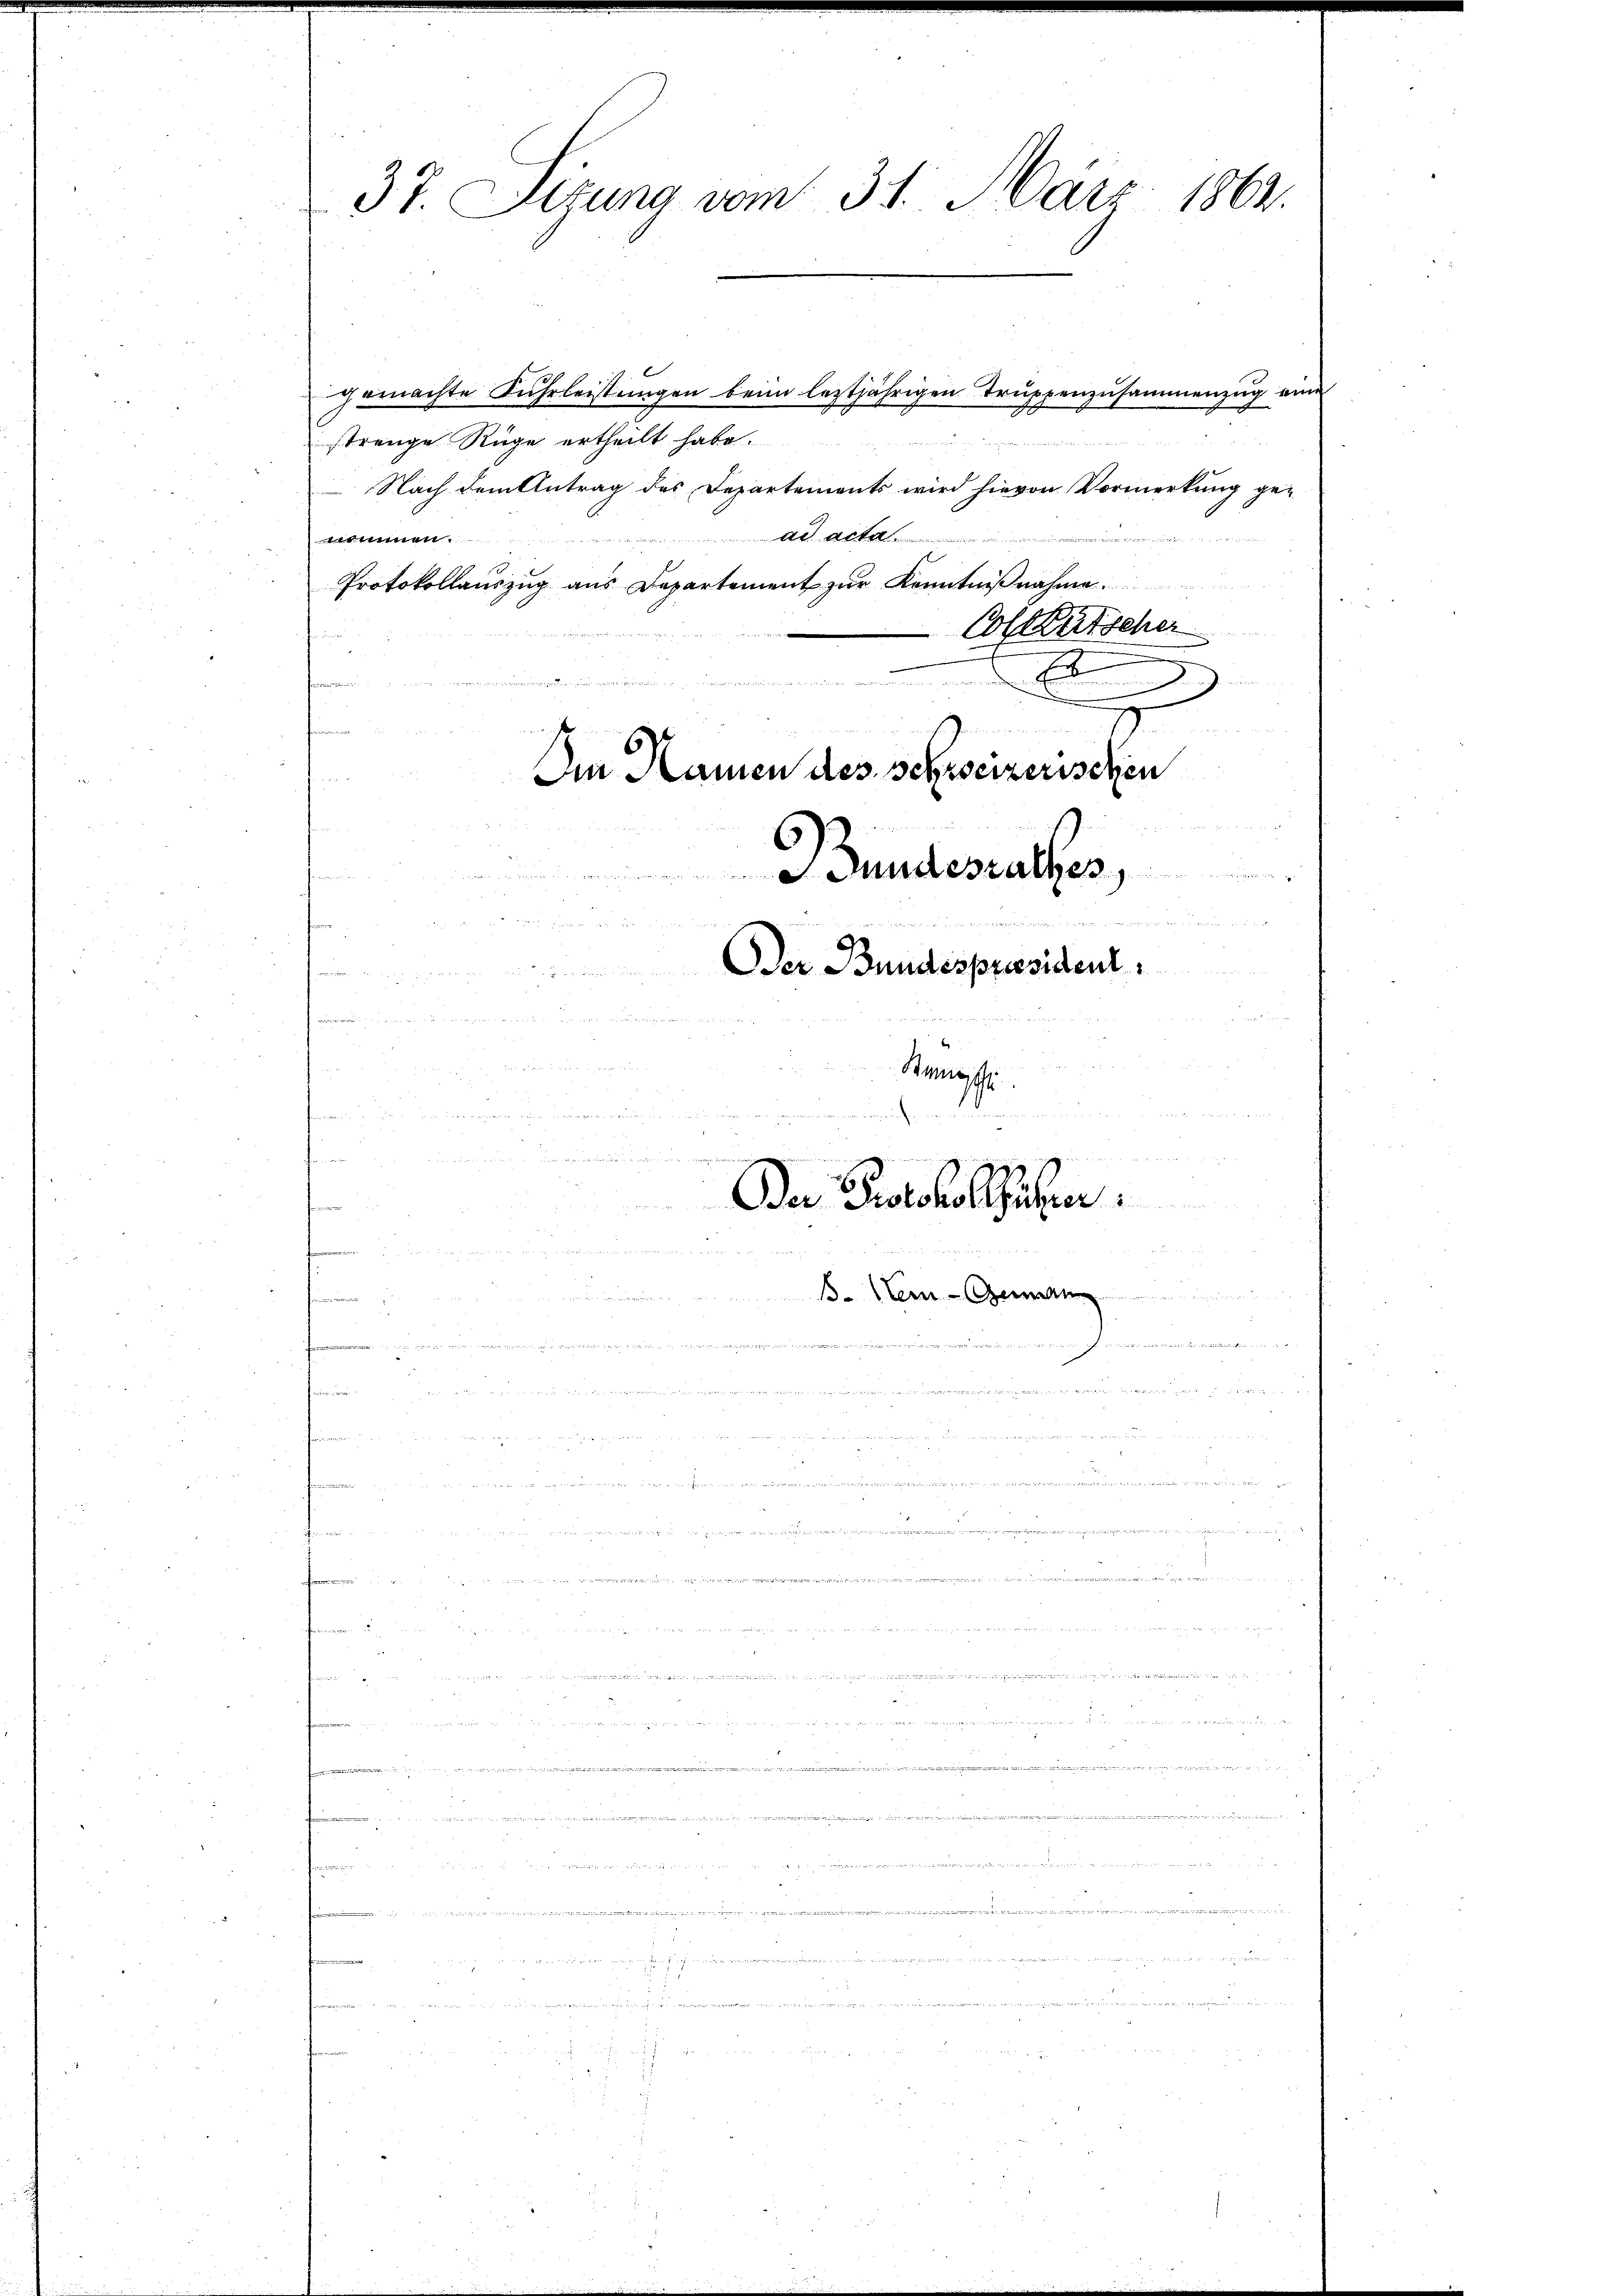
37. Sizung vom 31. März 1864.
Colketscher
E
D
n
den von war, und und er in der hin
ieinan
An Namen des schweizerischen

Gundesrathes

Der Bundespräsident

u
d gegen der den in einer in einen am 18
Rumoh
e
2 x
n

1
Da Protokollführer
dnn werden

ises Bildert wer
n
en

a
de
 i n g             ge
  .. ..  .. .............
e
   den der Seiter die
.
i                   nach dich in den der den das ich dann ich den gehen
ennen, an

uor einem den an

de

gemachte Fuhrleistungen beim leztjährigen Truppenzusammenzug eine
strenge Rüge ertheilt habe.
Nach dem Antrag des Departements wird hievon Vormerkung ge-
An Acten
nommen.
Protokollauszug aus Departement zur Kenntnißnahme.
x
n

s

n

2